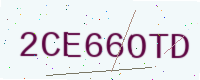
Text: 2CE66OTD